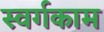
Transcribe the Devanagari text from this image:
स्वर्गकाम